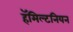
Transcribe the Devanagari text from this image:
हॅमिल्टनियन